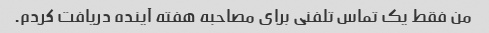
من فقط یک تماس تلفنی برای مصاحبه هفته آینده دریافت کردم.